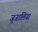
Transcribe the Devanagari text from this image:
जुजालिया